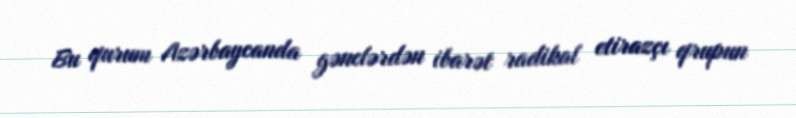
Bu qurum Azərbaycanda gənclərdən ibarət radikal etirazçı qrupun